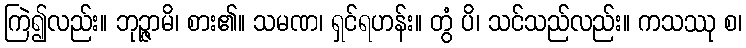
ကြဲ၍လည်း။ ဘုဉ္ဇာမိ၊ စား၏။ သမဏ၊ ရှင်ရဟန်း။ တွံ ပိ၊ သင်သည်လည်း။ ကသဿု စ၊